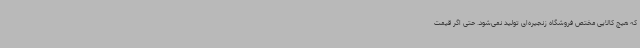
که هیچ کالایی مختص فروشگاه زنجیره‌ای تولید نمی‌شود. حتی اگر قیمت